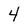
Character: 4